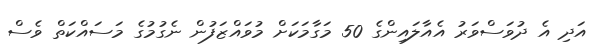
އަދި އެ ދުވަސްވަރު އެއާލައިންގެ 50 މަގާމަކަށް މުވައްޒަފުން ނެގުމުގެ މަސައްކަތް ވެސް